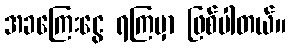
အခကြေးငွေ ရကြမှာ ဖြစ်ပါတယ်။